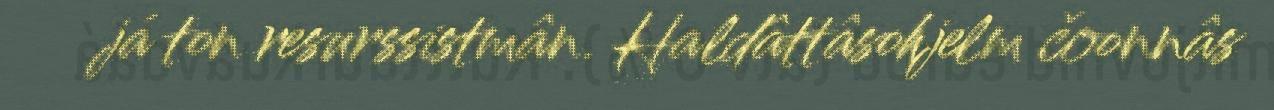
já ton resurssistmân. Haldâttâsohjelm čoonnâs